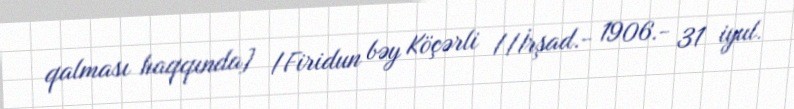
qalması haqqında] /Firidun bəy Köçərli //İrşad.- 1906.- 31 iyul.